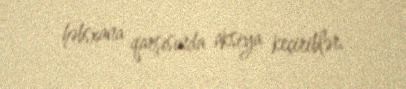
həbsxana qarşısında aksiya keçiriblər.